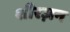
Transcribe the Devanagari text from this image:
शीरज़न